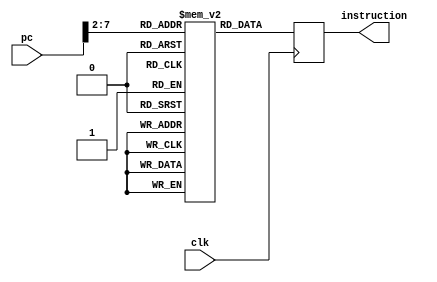


module instruction_memory (
    clk,
    pc,
    instruction
);

    parameter SIZE_OF_MEMORY = 64;//1024;

    input wire clk;
    input wire [31:0] pc;
    output reg [31:0] instruction = 32'h00000000;

    reg [31:0] ROM [SIZE_OF_MEMORY-1 : 0];

    integer i;
    initial begin
        for (i=0; i<SIZE_OF_MEMORY; i=i+1)
            ROM[i] = 0; //Fix loading from file later
    end

    always @(posedge clk)
        instruction <= ROM[pc >> 2];

endmodule